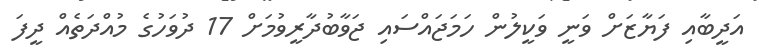
އަދީބާއި ފަޔާޒަށް ވަނީ ވަކީލުން ހަމަޖައްސައި ޖަވާބުދާރީވުމަށް 17 ދުވަހުގެ މުއްދަތެއް ދީފަ